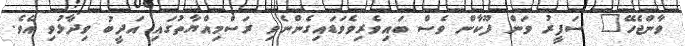
ވާންޖެހޭ" ސަފީރު ވަން ފޫކާން ވެސް ބައިވެރިވެވަަޑައިގެންނެވި ރަސްމިއްޔާތުގައި އަދީބު ވިދާޅުވި އެވެ.